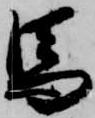
馬